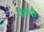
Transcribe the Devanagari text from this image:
कक्ष्के